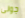
جولى